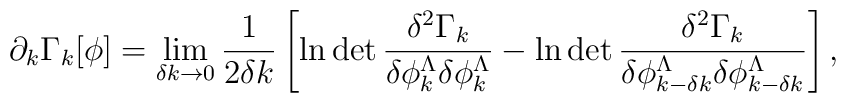
\partial_k \Gamma_k[\phi] = \lim_{\delta k\to 0}\frac{1}{2\delta k} \left[\ln\det\frac{\delta^2 \Gamma_k}{\delta \phi^{\Lambda}_{k}\delta \phi^{\Lambda}_{k}}-\ln\det\frac{\delta^2 \Gamma_k}{\delta \phi^{\Lambda}_{k-\delta k}\delta \phi^{\Lambda}_{k-\delta k}}\right],